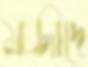
মজীদে